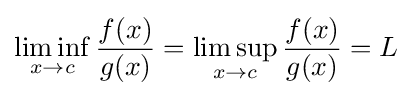
\liminf _{x\to c}{\frac {f(x)}{g(x)}}=\limsup _{x\to c}{\frac {f(x)}{g(x)}}=L